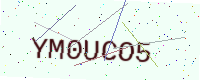
Text: YM0UCO5